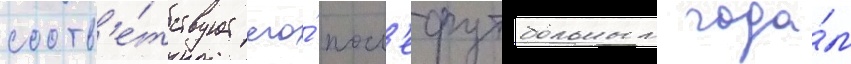
соотв'е́тствует его́ посл'ефутбольным года́м